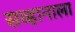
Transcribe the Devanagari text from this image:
सव्हानाला